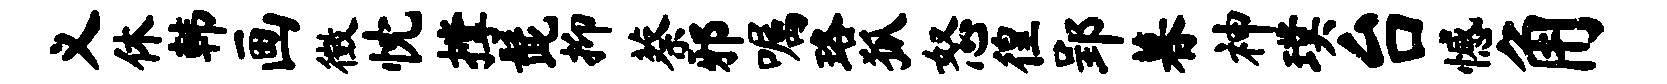
义休韩画徵忱撑髭抑蔡邪嘱珞狐怒徨郢暮神璞台憾角